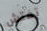
تفتش